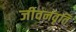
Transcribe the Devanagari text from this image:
जीवनवृति